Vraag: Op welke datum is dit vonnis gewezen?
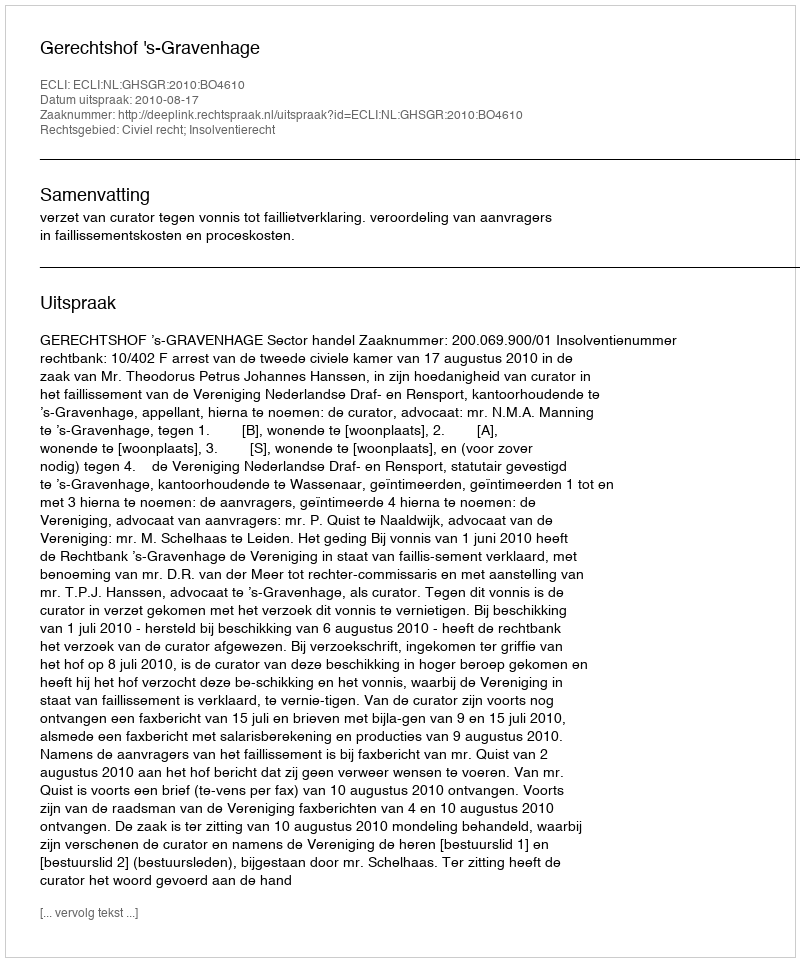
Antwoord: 2010-08-17